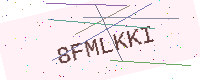
Text: 8FMLKKI